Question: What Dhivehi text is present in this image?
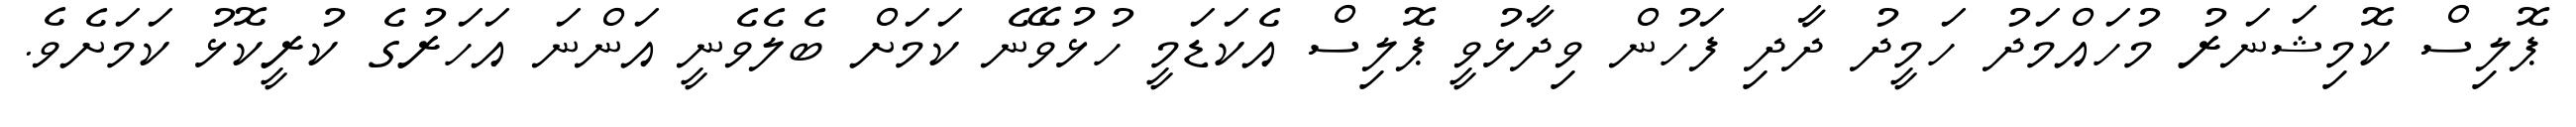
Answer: ޕޮލިސް ކޮމިޝަނަރު މުހައްމަދު ހަމީދު ދާދި ފަހުން ވިދާޅުވީ ޕޮލިސް އެކަޑަމީ ހުޅުވޭނެ ކަމަށް ބެލެވެނީ އަންނަ އަހަރުގެ ކުރީކޮޅު ކަމަށެވެ.